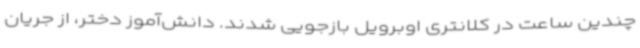
چندین ساعت در کلانتری اوبرویل بازجویی شدند. دانش‌آموز دختر، از جریان